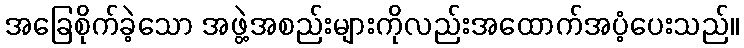
အခြေစိုက်ခဲ့သော အဖွဲ့အစည်းများကိုလည်းအထောက်အပံ့ပေးသည်။